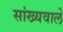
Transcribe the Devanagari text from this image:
सांख्यवाले